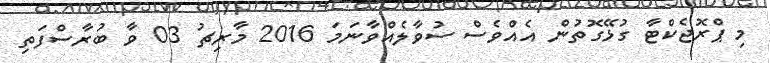
މި ޕްރޮޖެކްޓާ ގުޅޭގޮތުން އެއްވެސް ސުވާލެއްވާނަމަ 2016 މާރިޗު 03 ވާ ބުރާސްފަތި